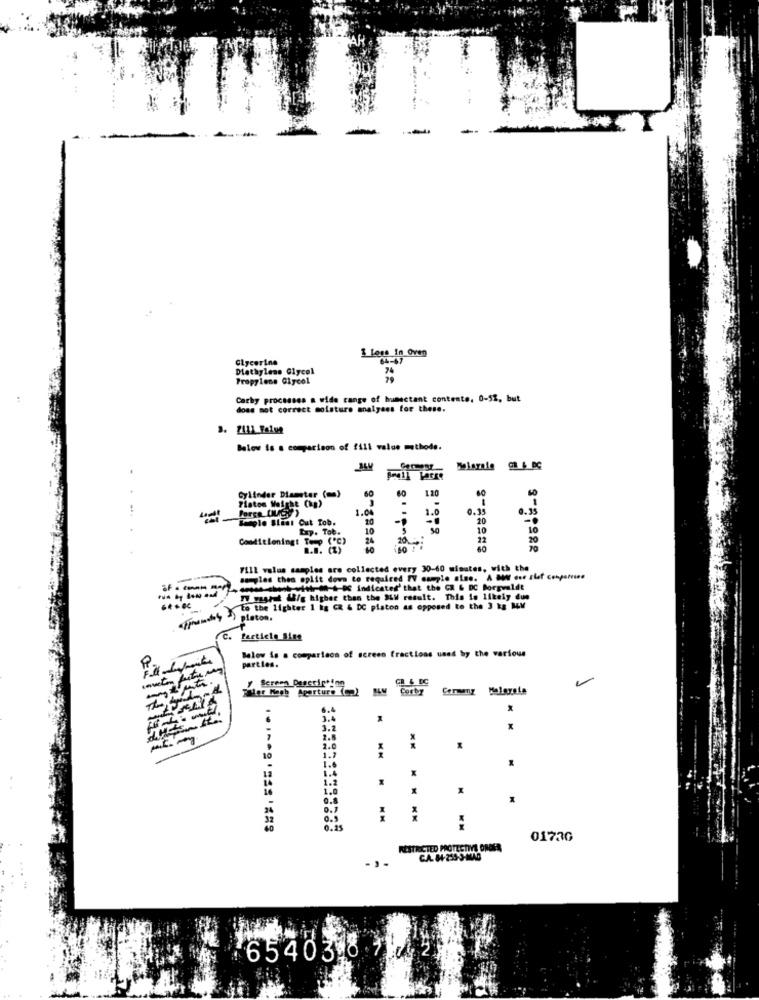
Glycerine
I love In oven
Diethylene Glycol
Propylene Glycol
Carby processes a wide range of humectant contente. 0-52, but
does not correct moisture analyses for these.
7111_Falun
Below is a comparison of fill value methode.
Cylinder Diameter (m)
60
60
Platon Weighe (hp)
2.0
0.35
ust Porca (C) )
Beagle Slant Cut Tob.
10
F
Exp. Tob.
10
so
16
Conditioning! Tomp (*℃)
24
22
7111 valus samples are collected every 30-60 minutes, with the
semles then opiit down to required TV cumple also. A OW one shot comportino
cosashet-wilritti indicated that the CH & DC Borgveldt
TU wasput &/g higher than the ALW result. This is likely due
To the lighter 1 kg CR & DC platon as opposed to the 3 kg MV
platon.
Particle Size
Below is a comparison of screen fractions used by the various
parties.
ySerne Description
Taler Mach Aperture (2)
Corby
Cermany Melayata
6.4
3.4
3.2
2.8
2.0
1.7
10
1.6
1.4
1.2
1.0
0.5
0.29
0173G
RESTRICTED PROTECTIVE ORDER
CA. 84-235-3-MAD
65403 8.7